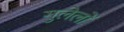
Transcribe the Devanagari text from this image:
गुलेलों